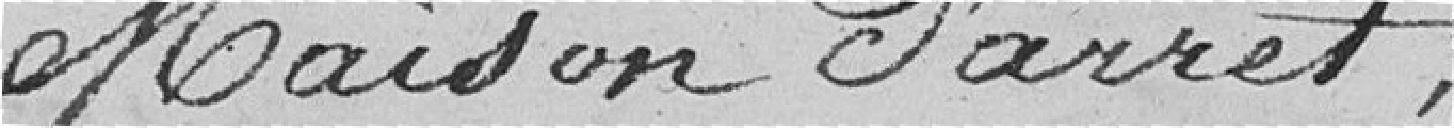
maison d'arrêt.